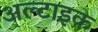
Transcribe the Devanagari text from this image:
अल्टाइक